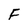
Character: F